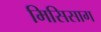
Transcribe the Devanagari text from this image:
मिसिसाग